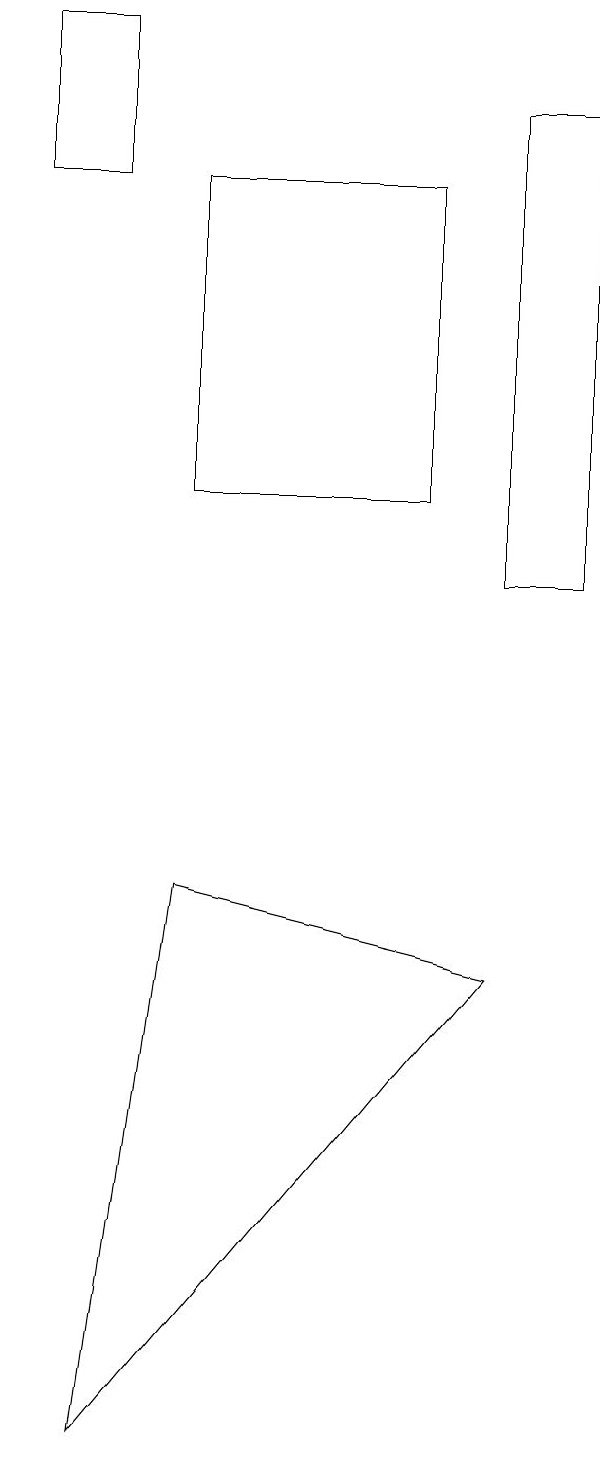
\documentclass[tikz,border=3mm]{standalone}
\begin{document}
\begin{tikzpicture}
\draw (7,12) rectangle (8,18);
\draw (3,17) rectangle (6,13);
\draw (2,17) rectangle (1,19);
\draw (3,8) -- (7,7) -- (2,1) -- cycle;
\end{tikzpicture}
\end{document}